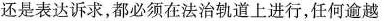
还是表达诉求，都必须在法治轨道上进行，任何逾越